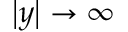
\left| y \right| \rightarrow \infty